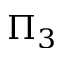
\Pi _ { 3 }